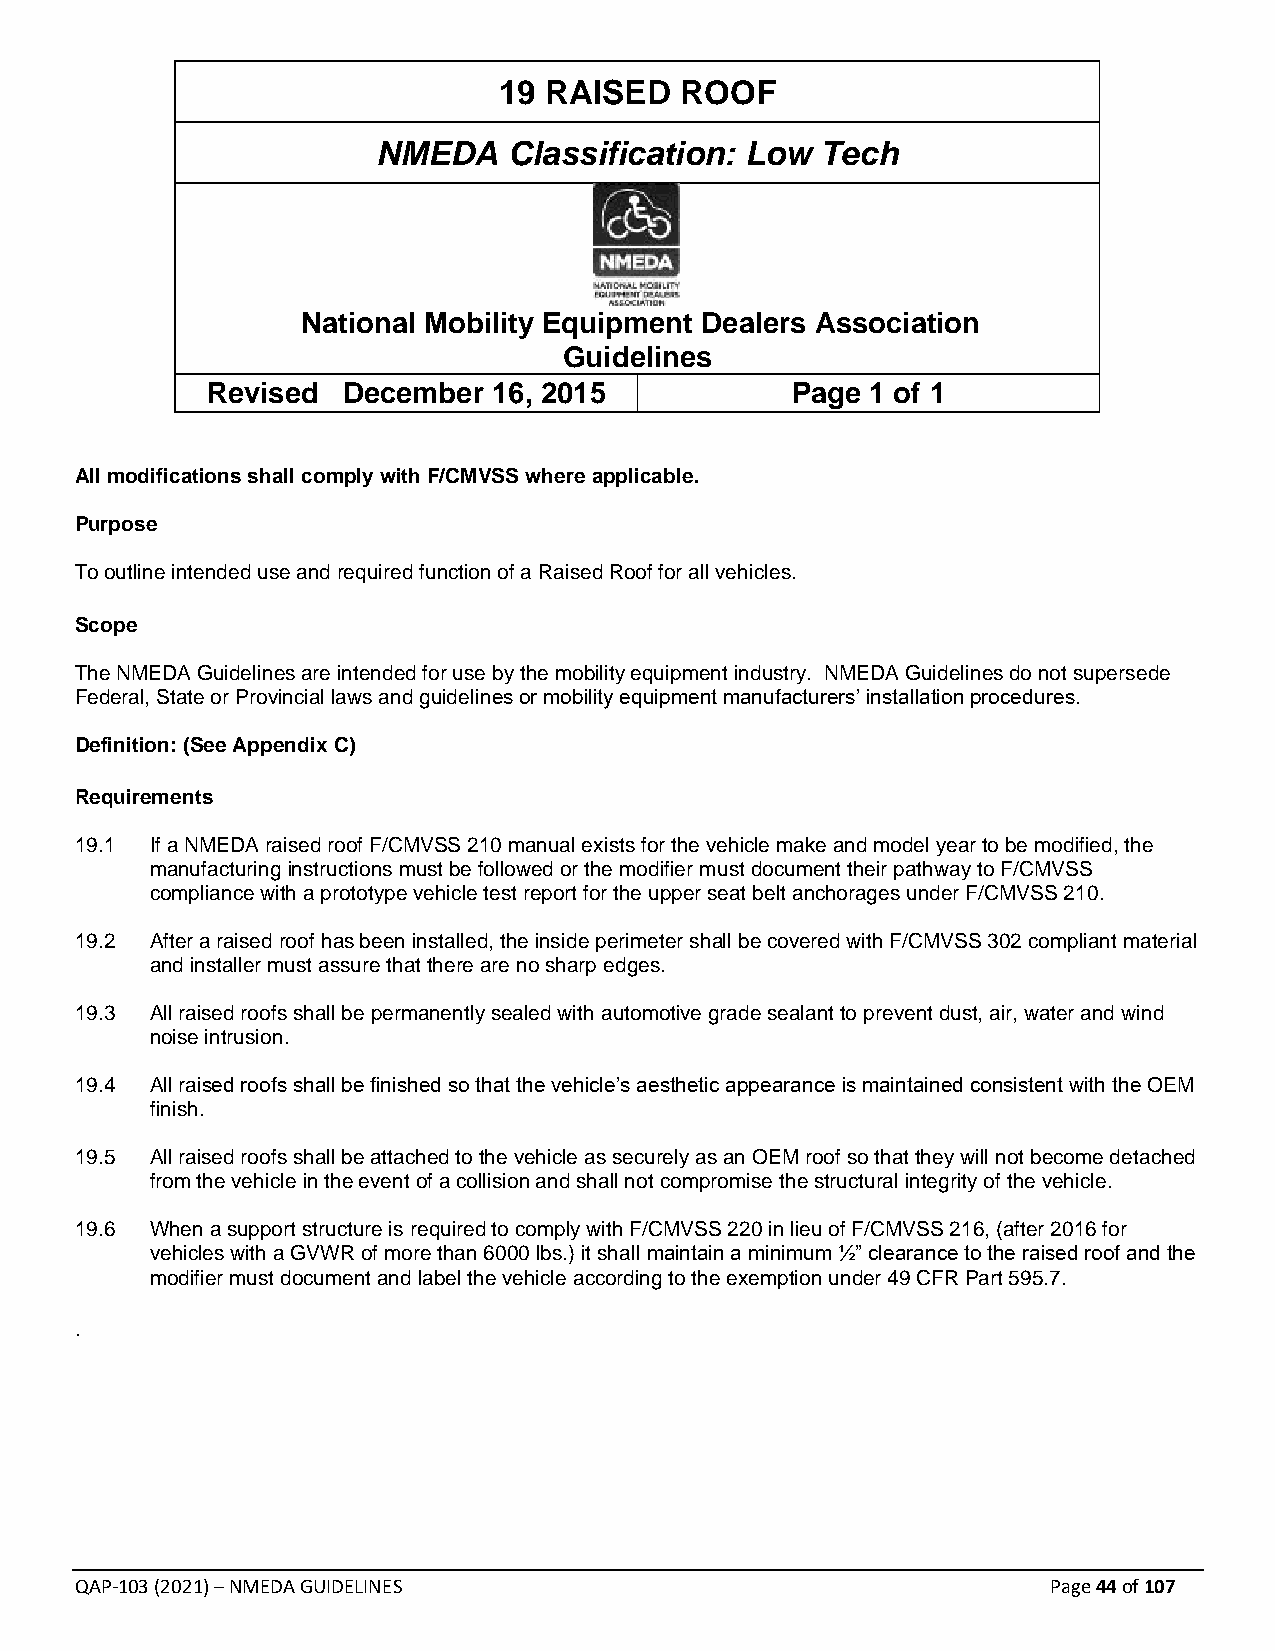
19 RAISED   ROOF
 NMEDA    Classification: Low Tech
 National Mobility Equipment Dealers Association
 Guidelines
 Revised  December  16, 2015           Page  1 of 1
 All modifications shall comply with F/CMVSS where applicable.
 Purpose
 To outline intended use and required function of a Raised Roof for all vehicles.
 Scope
 The NMEDA Guidelines are intended for use by the mobility equipment industry. NMEDA Guidelines do not supersede
 Federal, State or Provincial laws and guidelines or mobility equipment manufacturers’ installation procedures.
 Definition: (See Appendix C)
 Requirements
 19.1 If a NMEDA raised roof F/CMVSS 210 manual exists for the vehicle make and model year to be modified, the
 manufacturing instructions must be followed or the modifier must document their pathway to F/CMVSS
 compliance with a prototype vehicle test report for the upper seat belt anchorages under F/CMVSS 210.
 19.2 After a raised roof has been installed, the inside perimeter shall be covered with F/CMVSS 302 compliant material
 and installer must assure that there are no sharp edges.
 19.3 All raised roofs shall be permanently sealed with automotive grade sealant to prevent dust, air, water and wind
 noise intrusion.
 19.4 All raised roofs shall be finished so that the vehicle’s aesthetic appearance is maintained consistent with the OEM
 finish.
 19.5 All raised roofs shall be attached to the vehicle as securely as an OEM roof so that they will not become detached
 from the vehicle in the event of a collision and shall not compromise the structural integrity of the vehicle.
 19.6 When a support structure is required to comply with F/CMVSS 220 in lieu of F/CMVSS 216, (after 2016 for
 vehicles with a GVWR of more than 6000 lbs.) it shall maintain a minimum ½” clearance to the raised roof and the
 modifier must document and label the vehicle according to the exemption under 49 CFR Part 595.7.
 .
 QAP-103 (2021) – NMEDA GUIDELINES                                Page 44 of 107